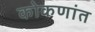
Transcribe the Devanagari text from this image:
कोकणांत